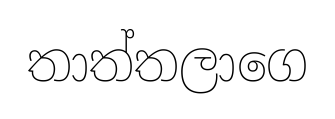
තාත්තලාගෙ